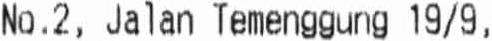
NO.2, JALAN TEMENGGUNG 19/9,